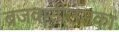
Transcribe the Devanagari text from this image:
ब्रजवासीउसका